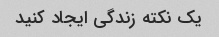
یک نکته زندگی ایجاد کنید